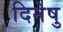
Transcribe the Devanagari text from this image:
दिनेषु